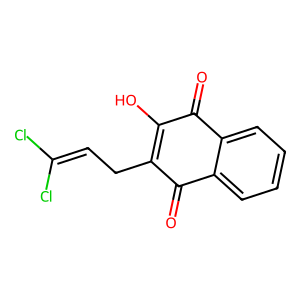
SMILES: O=C1C(O)=C(CC=C(Cl)Cl)C(=O)c2ccccc21
Inhibits HIV replication: No